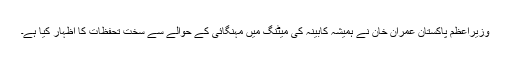
وزیراعظم پاکستان عمران خان نے ہمیشہ کابینہ کی میٹنگ میں مہنگائی کے حوالے سے سخت تحفظات کا اظہار کیا ہے۔